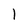
Character: 1